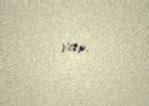
var.